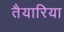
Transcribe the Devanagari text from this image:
तैयारिया